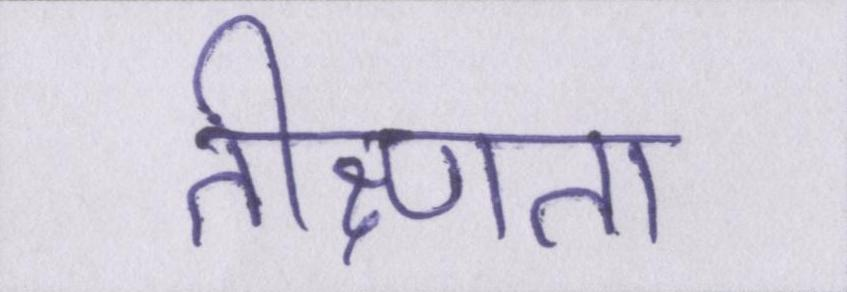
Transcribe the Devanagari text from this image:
तीक्ष्णता